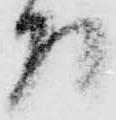
召